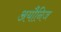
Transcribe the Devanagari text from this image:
अयौनिज